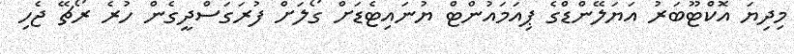
މިދިޔަ އޮކްޓޫބަރު އަޔަލޭންޑްގެ ޕިއަމައުންޓް ޔުނައިޓެޑަށް ގޯލަށް ފުރަގަސްދީގެން ހުރެ ރޯޗޭ ޖެހި